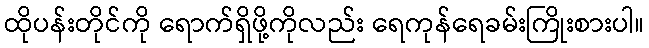
ထိုပန်းတိုင်ကို ရောက်ရှိဖို့ကိုလည်း ရေကုန်ရေခမ်းကြိုးစားပါ။